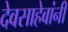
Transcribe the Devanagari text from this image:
देवसाहेबांनी